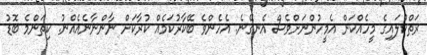
ރަތްކުލައިގެ މީހެއްކަން އެމީހުންނަށްވެސް އެނގޭނެ. އެހެންވެ ބޭކާރުކަމެއް ކުރާކަށް ނާންނާނެއެއްނު. ކިތަންމެ ބޮޑު